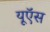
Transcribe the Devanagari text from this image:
यूऍस